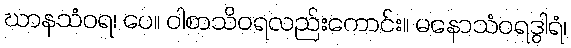
ဃာနသံဝရ၊ ပေ။ ဝါစာသိဝရလည်းကောင်း။ မနောသံဝရဒွါရံ၊